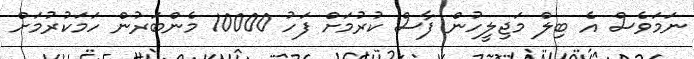
ނަމަވެސް އެ ބިލް މަޖިލީހުން ފާސް ކުރުމަށް ފަހު 10000 މެންބަރުން ހަމަކުރުމަށް